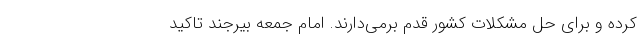
کرده و برای حل مشکلات کشور قدم برمی‌دارند. امام جمعه بیرجند تاکید